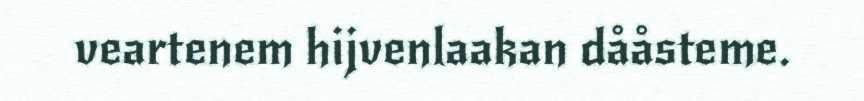
veartenem hijvenlaakan dååsteme.